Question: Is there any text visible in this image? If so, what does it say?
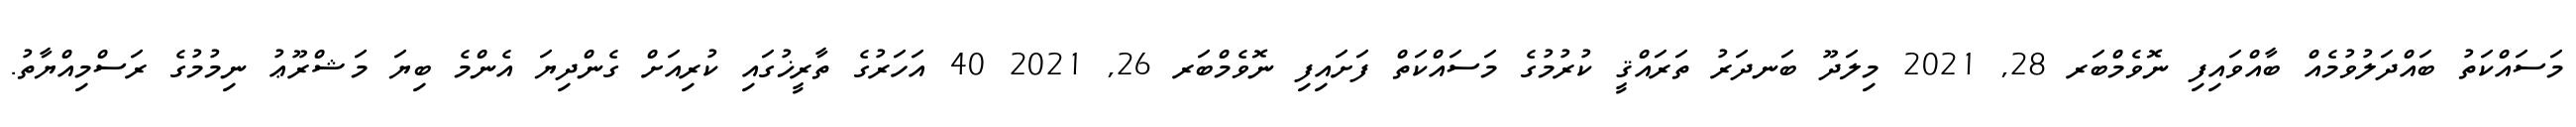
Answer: މަސައްކަތު ބައްދަލުވުމެއް ބާއްވައިފި ނޮވެމްބަރ 28, 2021 މިލަދޫ ބަނދަރު ތަރައްޤީ ކުރުމުގެ މަސައްކަތް ފަށައިފި ނޮވެމްބަރ 26, 2021 40 އަހަރުގެ ތާރީޚުގައި ކުރިއަށް ގެންދިޔަ އެންމެ ބިޔަ މަޝްރޫޢު ނިމުމުގެ ރަސްމިއްޔާތު.